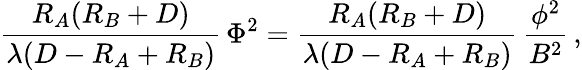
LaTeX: {\frac{R_{A}(R_{B}+D)}{\lambda(D-R_{A}+R_{B})}}\, \Phi^{2}={\frac{R_{A}(R_{B}+D)}{\lambda(D-R_{A}+R_{B})}}\, {\frac{\phi^{2}}{B^{2}}}\, ,